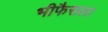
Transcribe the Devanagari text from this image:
भीफैसला